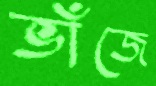
ভাঁজে